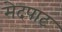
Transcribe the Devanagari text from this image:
मेदपाट